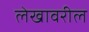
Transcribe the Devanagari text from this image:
लेखावरील